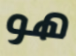
هو